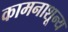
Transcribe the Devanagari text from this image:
कामनाशून्य